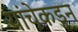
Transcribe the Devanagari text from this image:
यांचेकडुन